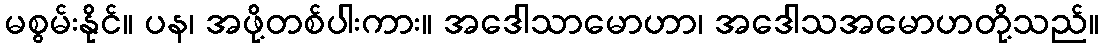
မစွမ်းနိုင်။ ပန၊ အဖို့တစ်ပါးကား။ အဒေါသာမောဟာ၊ အဒေါသအမောဟတို့သည်။